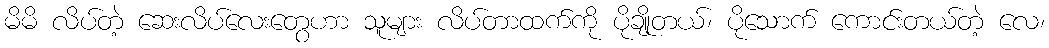
မိမိ လိပ်တဲ့ ဆေးလိပ်လေးတွေဟာ သူများ လိပ်တာထက်ကို ပိုချိုတယ်၊ ပိုသောက် ကောင်းတယ်တဲ့ လေ၊